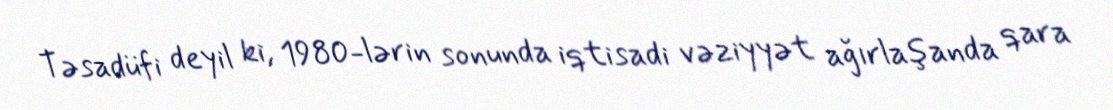
Təsadüfi deyil ki, 1980-lərin sonunda iqtisadi vəziyyət ağırlaşanda qara